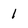
Character: 1